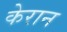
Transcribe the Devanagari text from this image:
केरान